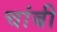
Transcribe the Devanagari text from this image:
चांबी